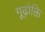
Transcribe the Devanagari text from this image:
गूढ़ोक्ति